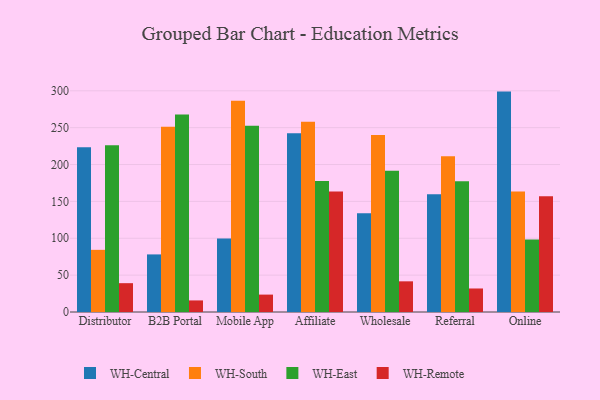
{"axis": {"x": "Channel", "y": "Market Share (%)"}, "legend": ["WH-Central", "WH-East", "WH-Remote", "WH-South"], "data": [{"x": "Distributor", "y": 223.5, "type": "WH-Central"}, {"x": "Distributor", "y": 84.3, "type": "WH-South"}, {"x": "Distributor", "y": 226.1, "type": "WH-East"}, {"x": "Distributor", "y": 39.1, "type": "WH-Remote"}, {"x": "B2B Portal", "y": 78.1, "type": "WH-Central"}, {"x": "B2B Portal", "y": 251.3, "type": "WH-South"}, {"x": "B2B Portal", "y": 268.0, "type": "WH-East"}, {"x": "B2B Portal", "y": 15.7, "type": "WH-Remote"}, {"x": "Mobile App", "y": 99.7, "type": "WH-Central"}, {"x": "Mobile App", "y": 286.5, "type": "WH-South"}, {"x": "Mobile App", "y": 252.5, "type": "WH-East"}, {"x": "Mobile App", "y": 23.6, "type": "WH-Remote"}, {"x": "Affiliate", "y": 242.5, "type": "WH-Central"}, {"x": "Affiliate", "y": 257.9, "type": "WH-South"}, {"x": "Affiliate", "y": 177.7, "type": "WH-East"}, {"x": "Affiliate", "y": 163.3, "type": "WH-Remote"}, {"x": "Wholesale", "y": 134.0, "type": "WH-Central"}, {"x": "Wholesale", "y": 240.1, "type": "WH-South"}, {"x": "Wholesale", "y": 191.4, "type": "WH-East"}, {"x": "Wholesale", "y": 41.6, "type": "WH-Remote"}, {"x": "Referral", "y": 159.8, "type": "WH-Central"}, {"x": "Referral", "y": 211.1, "type": "WH-South"}, {"x": "Referral", "y": 177.3, "type": "WH-East"}, {"x": "Referral", "y": 31.9, "type": "WH-Remote"}, {"x": "Online", "y": 298.9, "type": "WH-Central"}, {"x": "Online", "y": 163.3, "type": "WH-South"}, {"x": "Online", "y": 98.2, "type": "WH-East"}, {"x": "Online", "y": 157.1, "type": "WH-Remote"}]}